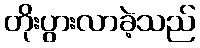
တိုးပွားလာခဲ့သည်